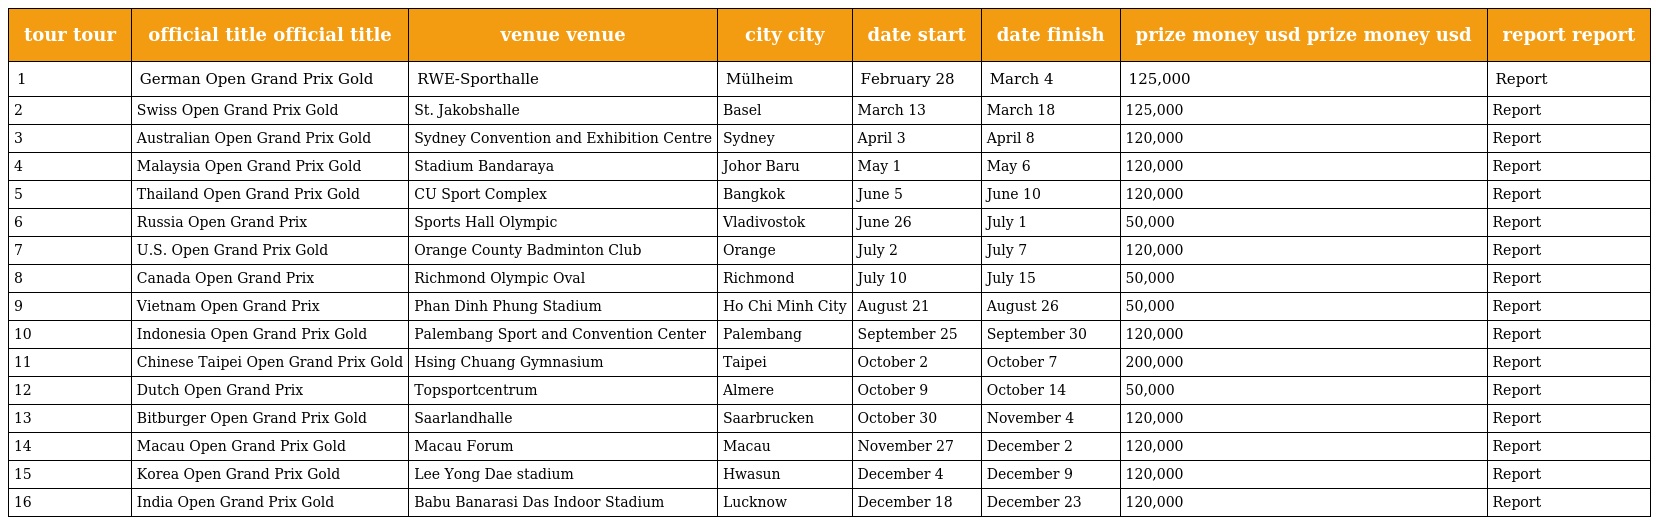
| tour tour | official title official title | venue venue | city city | date start | date finish | prize money usd prize money usd | report report |
 | --- | --- | --- | --- | --- | --- | --- | --- |
 | 1 | German Open Grand Prix Gold | RWE-Sporthalle | Mülheim | February 28 | March 4 | 125,000 | Report |
 | 2 | Swiss Open Grand Prix Gold | St. Jakobshalle | Basel | March 13 | March 18 | 125,000 | Report |
 | 3 | Australian Open Grand Prix Gold | Sydney Convention and Exhibition Centre | Sydney | April 3 | April 8 | 120,000 | Report |
 | 4 | Malaysia Open Grand Prix Gold | Stadium Bandaraya | Johor Baru | May 1 | May 6 | 120,000 | Report |
 | 5 | Thailand Open Grand Prix Gold | CU Sport Complex | Bangkok | June 5 | June 10 | 120,000 | Report |
 | 6 | Russia Open Grand Prix | Sports Hall Olympic | Vladivostok | June 26 | July 1 | 50,000 | Report |
 | 7 | U.S. Open Grand Prix Gold | Orange County Badminton Club | Orange | July 2 | July 7 | 120,000 | Report |
 | 8 | Canada Open Grand Prix | Richmond Olympic Oval | Richmond | July 10 | July 15 | 50,000 | Report |
 | 9 | Vietnam Open Grand Prix | Phan Dinh Phung Stadium | Ho Chi Minh City | August 21 | August 26 | 50,000 | Report |
 | 10 | Indonesia Open Grand Prix Gold | Palembang Sport and Convention Center | Palembang | September 25 | September 30 | 120,000 | Report |
 | 11 | Chinese Taipei Open Grand Prix Gold | Hsing Chuang Gymnasium | Taipei | October 2 | October 7 | 200,000 | Report |
 | 12 | Dutch Open Grand Prix | Topsportcentrum | Almere | October 9 | October 14 | 50,000 | Report |
 | 13 | Bitburger Open Grand Prix Gold | Saarlandhalle | Saarbrucken | October 30 | November 4 | 120,000 | Report |
 | 14 | Macau Open Grand Prix Gold | Macau Forum | Macau | November 27 | December 2 | 120,000 | Report |
 | 15 | Korea Open Grand Prix Gold | Lee Yong Dae stadium | Hwasun | December 4 | December 9 | 120,000 | Report |
 | 16 | India Open Grand Prix Gold | Babu Banarasi Das Indoor Stadium | Lucknow | December 18 | December 23 | 120,000 | Report |